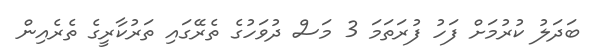
ބަދަލު ކުރުމަށް ފަހު ފުރަތަމަ 3 މަސް ދުވަހުގެ ތެރޭގައި ތަރުކާރީގެ ތެރެއިން